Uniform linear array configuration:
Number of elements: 32
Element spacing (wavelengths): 0.75
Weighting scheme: hann
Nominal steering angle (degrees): -60
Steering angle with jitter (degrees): -60.122
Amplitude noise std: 0.05
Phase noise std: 0.05

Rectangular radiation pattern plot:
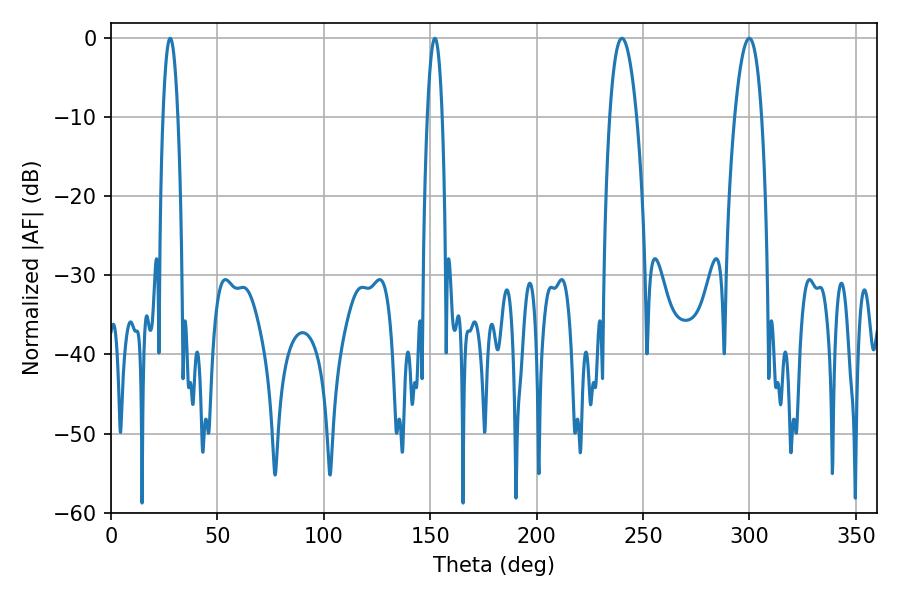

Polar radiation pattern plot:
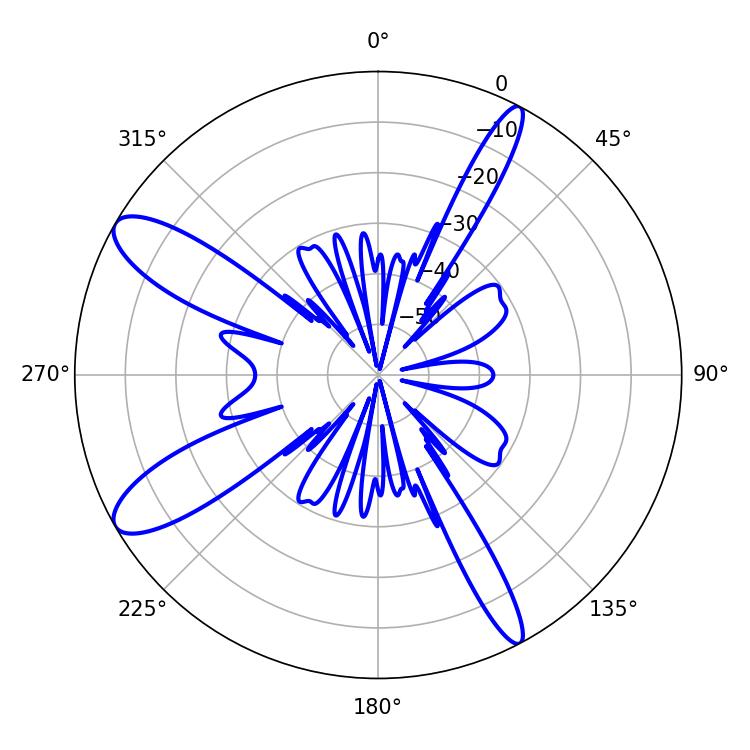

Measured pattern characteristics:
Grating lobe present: TRUE
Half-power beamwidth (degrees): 7.02
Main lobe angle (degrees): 240.12